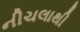
નીચલાથી